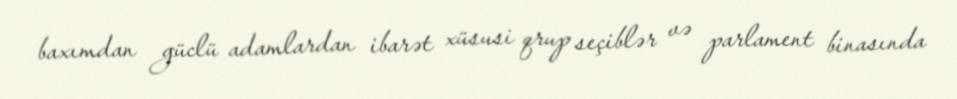
baxımdan güclü adamlardan ibarət xüsusi qrup seçiblər və parlament binasında